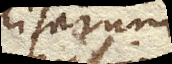
politarum